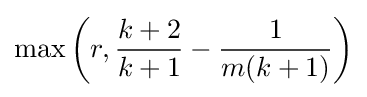
\max \left(r,{\frac {k+2}{k+1}}-{\frac {1}{m(k+1)}}\right)